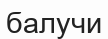
балучи